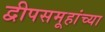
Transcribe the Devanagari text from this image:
द्वीपसमूहांच्या